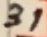
Text: 31